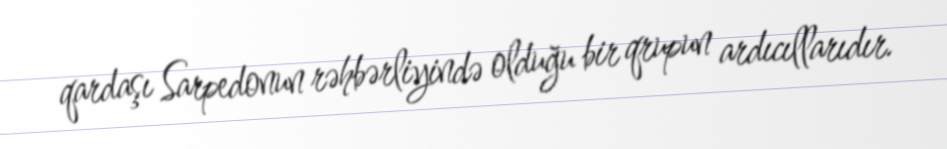
qardaşı Sarpedonun rəhbərliyində olduğu bir qrupun ardıcıllarıdır.